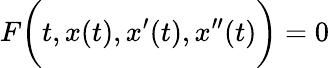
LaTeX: F{\biggl(}t,x(t),x^{\prime}(t),x^{\prime\prime}(t){\biggr)}=0